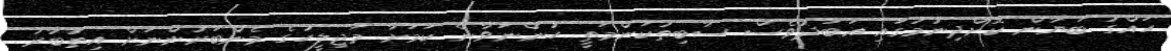
ހައްގު ބަޔާން ކޮށްދިނުމުގައި އަބަދުވެސް ސާބިތުކަންމަތީ ހުންނަވާނެ ކަމަށާ މަޖިލީހުގެ މެންބަރުންނަށް އިތުބާރު